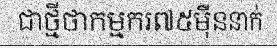
ជាថ្មីថាកម្មករ៧៥ម៉ឺននាក់